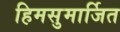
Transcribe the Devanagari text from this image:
हिमसुमार्जित